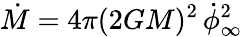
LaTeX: \dot{M}=4\pi(2GM)^{2}\, \dot{\phi}_{\infty}^{2}